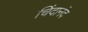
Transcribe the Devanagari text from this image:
चिंदानंद